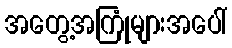
အတွေ့အကြုံများအပေါ်